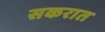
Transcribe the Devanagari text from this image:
सकरात